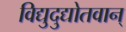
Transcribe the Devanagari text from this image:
विद्युदुद्योतवान्